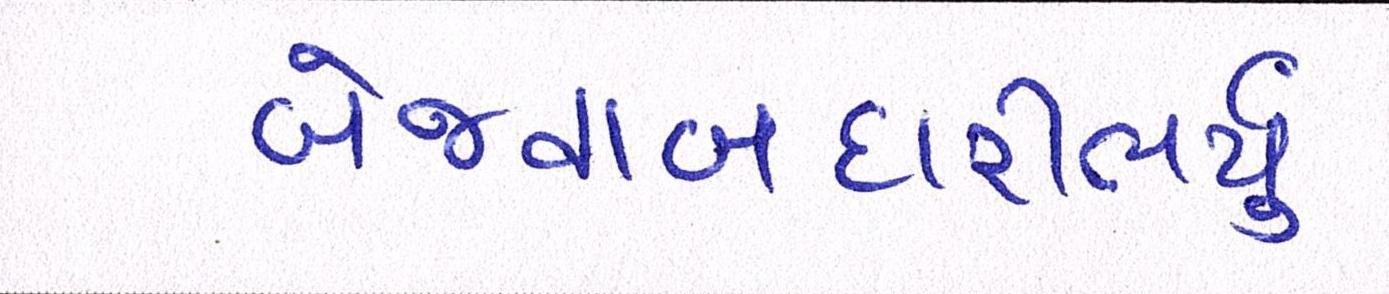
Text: બેજવાબદારીભર્યું